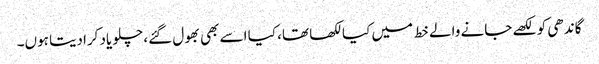
گاندھی کو لکھے جانے والے خط میں کیا لکھا تھا، کیا اسے بھی بھول گئے، چلو یاد کرادیتا ہوں۔